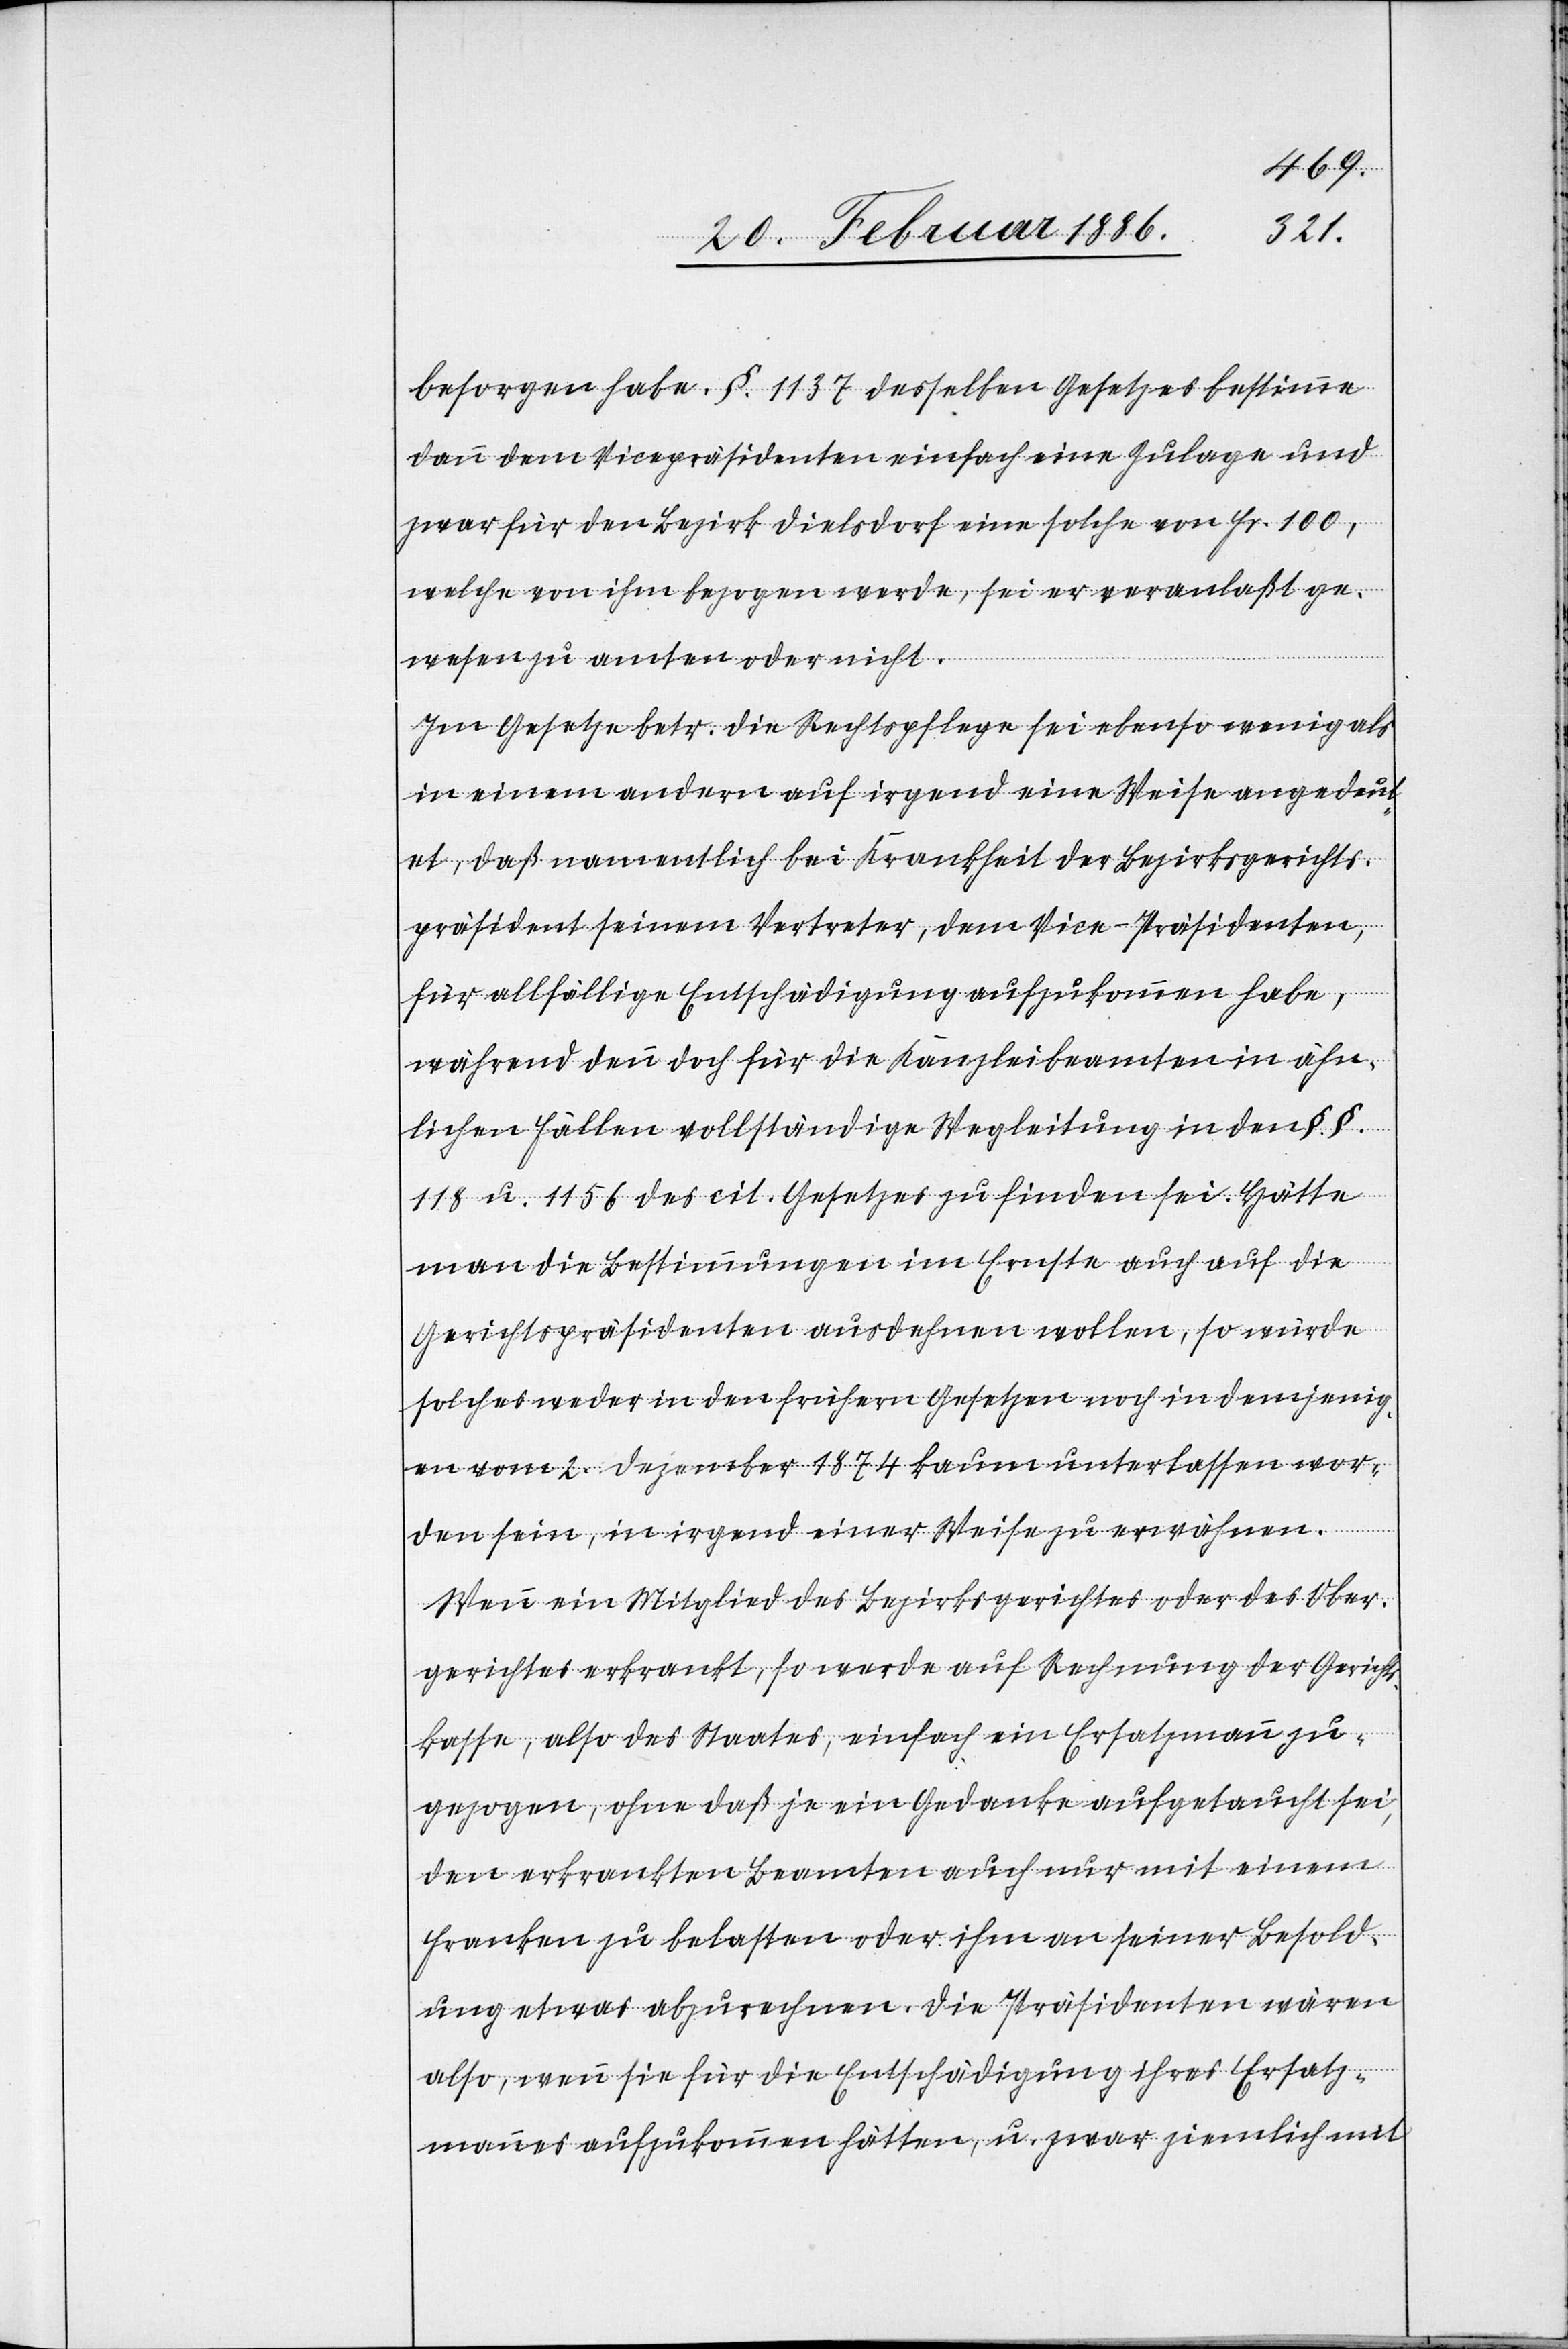
besorgen habe. §. 1137 desselben Gesetzes bestimme
dann dem Vicepräsidenten einfach eine Zulage und
zwar für den Bezirk Dielsdorf eine solche von Fr. 100,
welche von ihm bezogen werde, sei er veranlaßt ge¬
wesen zu amten oder nicht.
Im Gesetze betr. die Rechtspflege sei ebenso wenig als
in einem andern auf irgend eine Weise angedeut¬
et, daß namentlich bei Krankheit der Bezirksgerichts¬
präsident seinem Vertreter, dem Vice-Präsidenten,
für allfällige Entschädigungen aufzukommen habe,
während denn doch für die Kanzleibeamten in ähn¬
lichen Fällen vollständige Wegleitung in den §. §.
118 u. 1156 des cit. Gesetzes zu finden sei. Hätte
man die Bestimmungen im Ernste auch auf die
Gerichtspräsidenten ausdehnen wollen, so würde
solches weder in den frühern Gesetze noch in demjenig¬
en vom 2. Dezember 1874 kaum unterlassen wor¬
den sein, in irgend einer Weise zu erwähnen.
Wenn ein Mitglied des Bezirksgerichtes oder des Ober¬
gerichtes erkrankt, so werde auf Rechnung der Gerichts¬
kasse, also des Staates, einfach ein Ersatzmann zu¬
gezogen, ohne daß zu ein Gedanke aufgetaucht sei,
den erkrankten Beamten auch nur mit einem
Franken zu belasten oder ihm an seiner Besold¬
ung etwas abzurechnen. Die Präsidenten wären
also, wenn sie für die Entschädigung ihres Ersatz¬
mannes aufzukommen hätten, u. zwar ziemlich mit